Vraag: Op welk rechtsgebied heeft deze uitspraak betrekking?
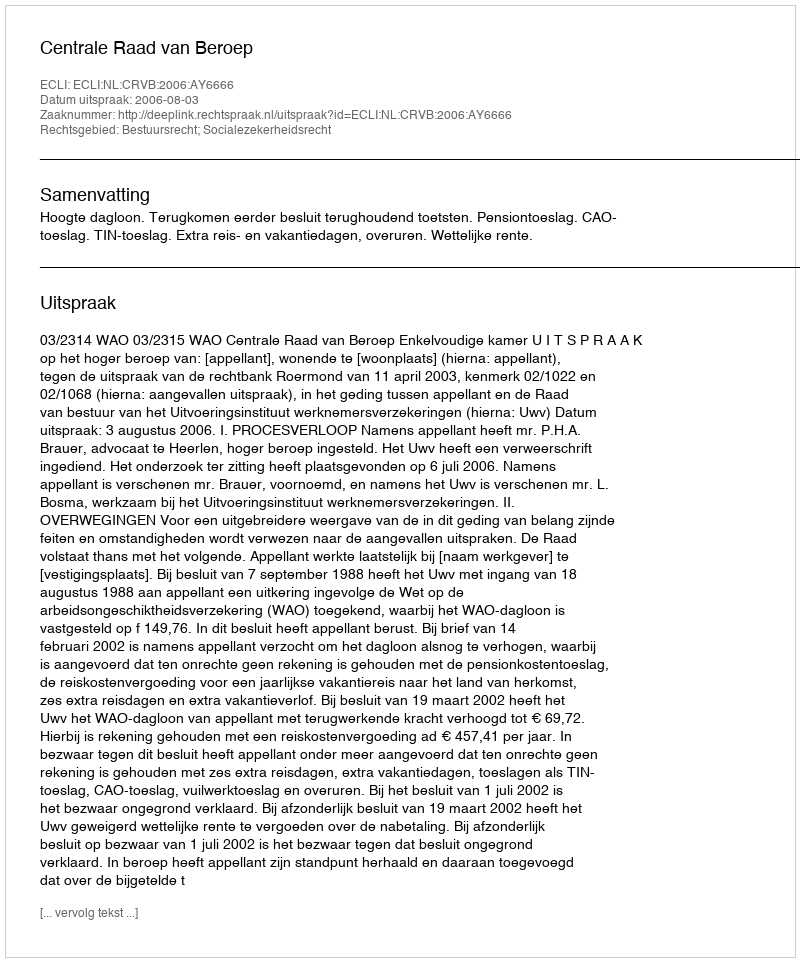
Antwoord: Bestuursrecht; Socialezekerheidsrecht